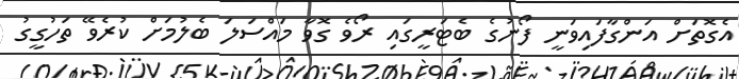
އެގޮތަށް އަންގާފައިވަނީ ފޯނުގެ ބެޓަރީގައި ރޯވެ ގޮވާ މައްސަލަ ބެލުމަށް ކުރެވޭ ތަހުގީގު